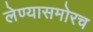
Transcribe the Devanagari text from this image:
लेण्यासमोरच